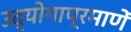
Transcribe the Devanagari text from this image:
उद्योगाप्रमाणें